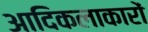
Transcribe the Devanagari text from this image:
आदिकलाकारों